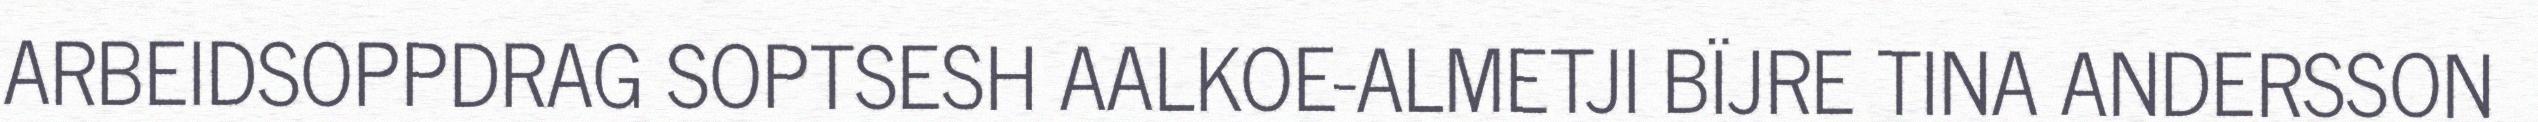
ARBEIDSOPPDRAG SOPTSESH AALKOE-ALMETJI BÏJRE TINA ANDERSSON